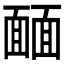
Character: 𩈳